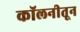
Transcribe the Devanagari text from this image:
कॉलनीतून